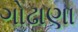
ગોઢાણા